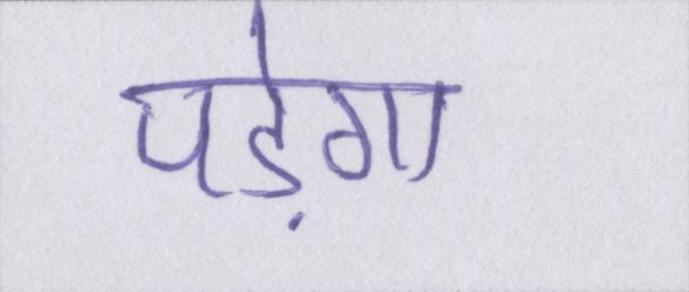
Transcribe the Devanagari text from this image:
पड़ेगा